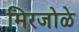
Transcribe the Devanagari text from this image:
मिरजोळे